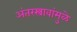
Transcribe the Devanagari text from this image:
अंतरस्त्रावांमुळे